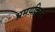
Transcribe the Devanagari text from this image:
भ्रमयति।।